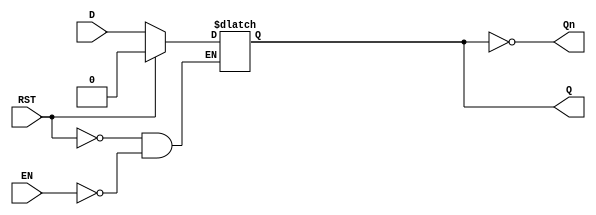
module latch_register (
    input wire D,           // Data Input
    input wire EN,          // Enable Signal
    input wire RST,         // Reset Signal (optional)
    output reg Q,          // Data Output
    output wire Qn          // Complement Output
);

// Inverting output for Qn
assign Qn = ~Q;

// Process for latch functionality
always @(*) begin
    if (RST) begin
        Q <= 1'b0;  // Reset the latch to 0 when RST is high
    end else if (EN) begin
        Q <= D;     // Capture data when EN is high
    end
    // When EN is low, Q retains its previous value
end

endmodule